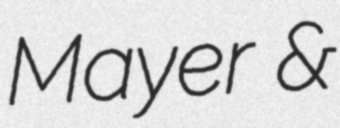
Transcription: Mayer &